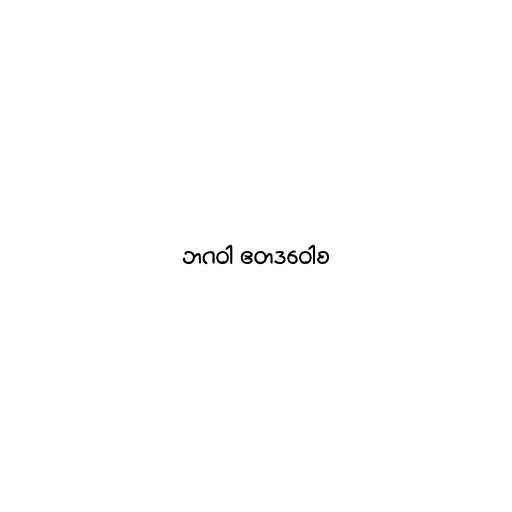
ဘဂဝါ ဧတဒဝေါစ